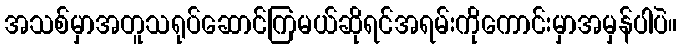
အသစ်မှာအတူသရုပ်ဆောင်ကြမယ်ဆိုရင်အရမ်းကိုကောင်းမှာအမှန်ပါပဲ။